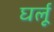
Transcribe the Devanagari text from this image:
घर्लू